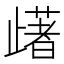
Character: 𣦡